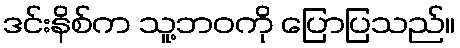
ဒင်းနိစ်က သူ့ဘဝကို ပြောပြသည်။